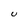
Character: U